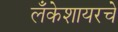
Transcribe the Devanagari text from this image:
लँकेशायरचे